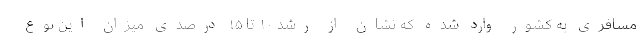
مسافری به کشور وارد شده که نشان از رشد ۱۰ تا ۱۵ درصدی میزان این نوع